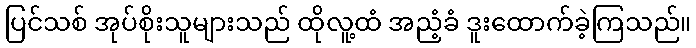
ပြင်သစ် အုပ်စိုးသူများသည် ထိုလူ့ထံ အညံ့ခံ ဒူးထောက်ခဲ့ကြသည်။